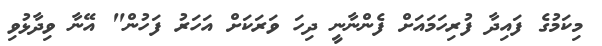
މިކަމުގެ ފައިދާ ފުރިހަމައަށް ފެންނާނީ ދިހަ ވަރަކަށް އަހަރު ފަހުން" އޭނާ ވިދާޅުވި